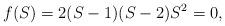
LaTeX: \begin{align*}f(S)=2(S-1)(S-2)S^2=0,\end{align*}